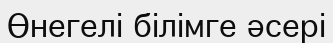
Өнегелі білімге әсері